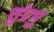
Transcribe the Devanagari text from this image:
सुंप्रभु